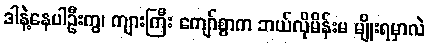
ဒါနဲ့နေပါဦးကွ၊ ကျားကြီး ကျော်စွာက ဘယ်လိုမိန်းမ မျိုးရမှာလဲ